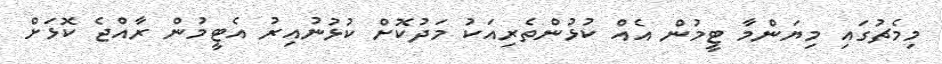
މިމެޗުގައި މިޔަންމާ ޓީމުން އެއް ކުޅުންތެރިއަކު މަދުކޮށް ކުޅުނުއިރު އެޓީމުން ރާއްޖެ ކޮޅަށް